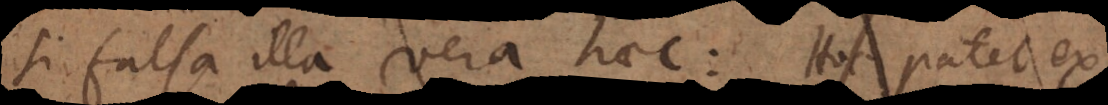
si falsa illa vera haec: Hoc patet ex